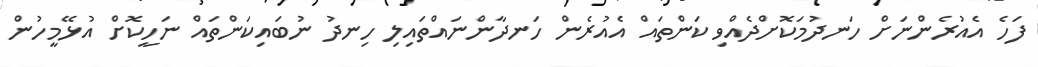
ފަހެ އެއުރެންނަށް ހަނދުމަކޮށްދެއްވި ކަންތައް އެއުރެން ހަނދާންނައްތައިލި ހިނދު ނުބައިކަންތައް ނަހީކޮށް އުޅޭމީހުން